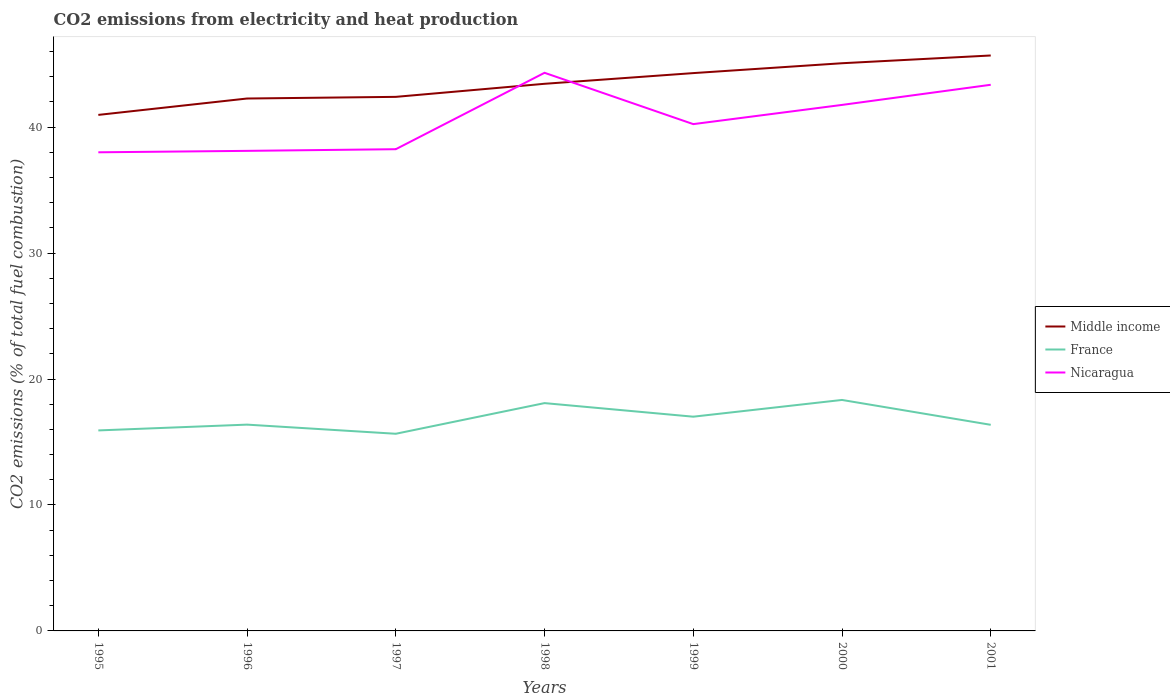
| Years | Middle income | France | Nicaragua |
 | --- | --- | --- | --- |
 | 1995 | 41 | 15.9 | 38 |
 | 1996 | 42.3 | 16.4 | 38.1 |
 | 1997 | 42.4 | 15.7 | 38.2 |
 | 1998 | 43.4 | 18.1 | 44.3 |
 | 1999 | 44.3 | 17 | 40.2 |
 | 2000 | 45.1 | 18.3 | 41.8 |
 | 2001 | 45.7 | 16.4 | 43.4 |